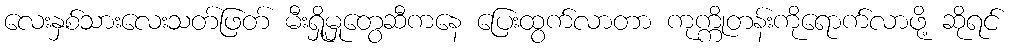
လေးနှစ်သားလေးသတ်ဖြတ် မီးရှို့မှုတွေဆီကနေ ပြေးထွက်လာတာ ကုက္ကိုတန်းကိုရောက်လာဖို့ ဆိုရင်